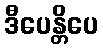
ဒီပေန္တိပေ